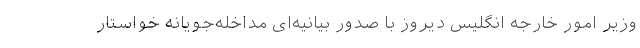
وزیر امور خارجه انگلیس دیروز با صدور بیانیه‌ای مداخله‌جویانه خواستار